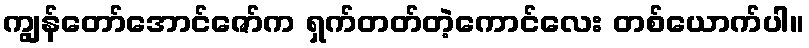
ကျွန်တော်အောင်ဇော်က ရှက်တတ်တဲ့ကောင်လေး တစ်ယောက်ပါ။